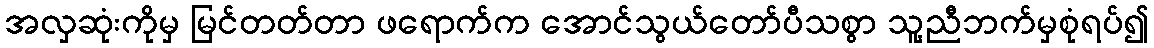
အလှဆုံးကိုမှ မြင်တတ်တာ ဖရောက်က အောင်သွယ်တော်ပီသစွာ သူ့ညီဘက်မှစုံရပ်၍